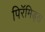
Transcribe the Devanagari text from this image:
पिरॅमिड्स